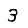
Digit: 3